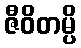
ဇီဝိတမ္ပိ